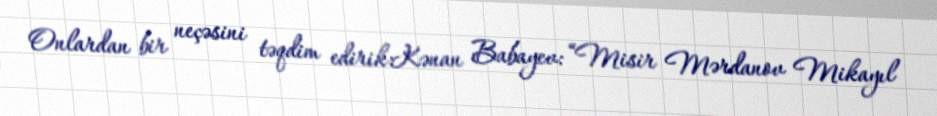
Onlardan bir neçəsini təqdim edirik:Kənan Babayev: “Misir Mərdanov Mikayıl